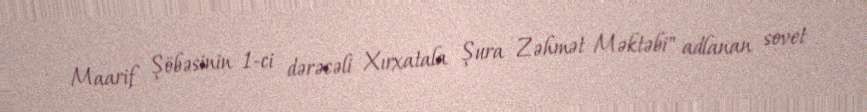
Maarif Şöbəsinin 1-ci dərəcəli Xırxatala Şura Zəhmət Məktəbi" adlanan sovet